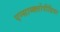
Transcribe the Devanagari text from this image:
एन्साय्क्लोपीडिया